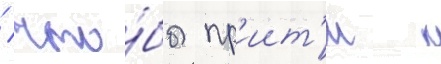
/ что́бы пр'иит'и к